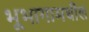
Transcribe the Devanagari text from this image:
भूभागामधील